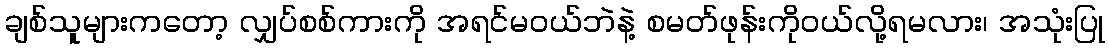
ချစ်သူများကတော့ လျှပ်စစ်ကားကို အရင်မဝယ်ဘဲနဲ့ စမတ်ဖုန်းကိုဝယ်လို့ရမလား၊ အသုံးပြု